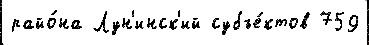
райо́на Лун'инск'ий субъе́ктов 759